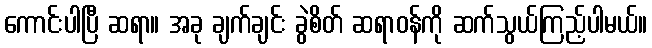
ကောင်းပါပြီ ဆရာ။ အခု ချက်ချင်း ခွဲစိတ် ဆရာဝန်ကို ဆက်သွယ်ကြည့်ပါမယ်။